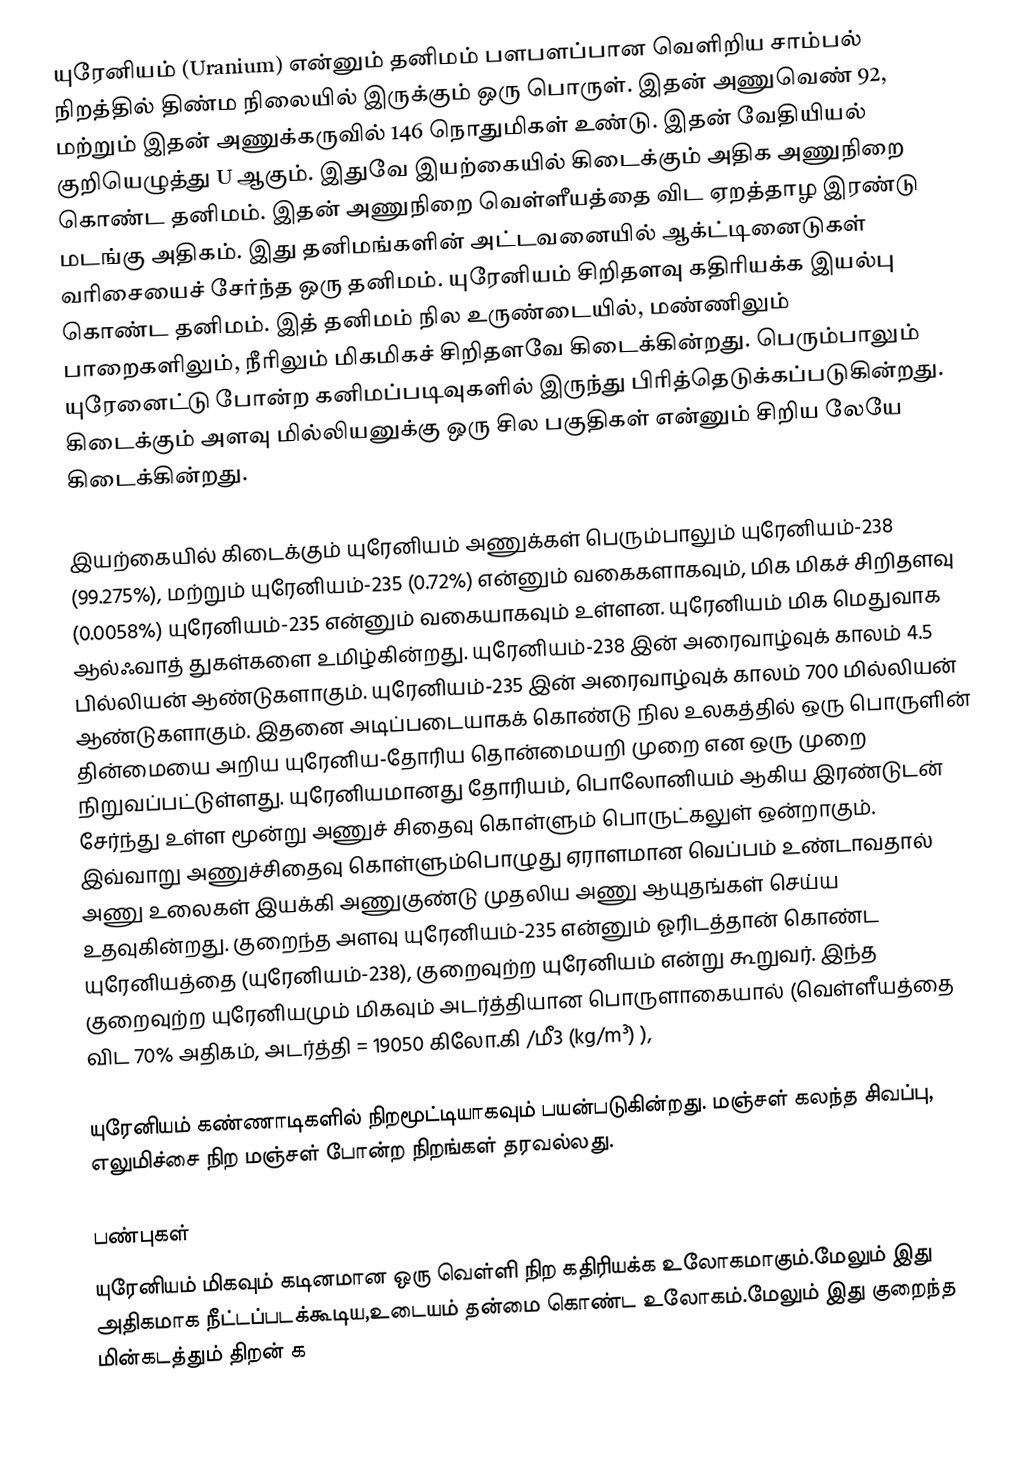
யுரேனியம் (Uranium) என்னும் தனிமம் பளபளப்பான வெளிறிய சாம்பல் நிறத்தில் திண்ம நிலையில் இருக்கும் ஒரு பொருள். இதன் அணுவெண் 92, மற்றும் இதன் அணுக்கருவில் 146 நொதுமிகள் உண்டு. இதன் வேதியியல் குறியெழுத்து U ஆகும். இதுவே இயற்கையில் கிடைக்கும் அதிக அணுநிறை கொண்ட தனிமம். இதன் அணுநிறை வெள்ளீயத்தை விட ஏறத்தாழ இரண்டு மடங்கு அதிகம். இது தனிமங்களின் அட்டவனையில் ஆக்ட்டினைடுகள் வரிசையைச் சேர்ந்த ஒரு தனிமம். யுரேனியம் சிறிதளவு கதிரியக்க இயல்பு கொண்ட தனிமம். இத் தனிமம் நில உருண்டையில், மண்ணிலும் பாறைகளிலும், நீரிலும் மிகமிகச் சிறிதளவே கிடைக்கின்றது. பெரும்பாலும் யுரேனைட்டு போன்ற கனிமப்படிவுகளில் இருந்து பிரித்தெடுக்கப்படுகின்றது. கிடைக்கும் அளவு மில்லியனுக்கு ஒரு சில பகுதிகள் என்னும் சிறிய லேயே கிடைக்கின்றது.

இயற்கையில் கிடைக்கும் யுரேனியம் அணுக்கள் பெரும்பாலும் யுரேனியம்-238 (99.275%), மற்றும்  யுரேனியம்-235 (0.72%) என்னும் வகைகளாகவும், மிக மிகச் சிறிதளவு (0.0058%) யுரேனியம்-235 என்னும் வகையாகவும் உள்ளன. யுரேனியம் மிக மெதுவாக ஆல்ஃவாத் துகள்களை உமிழ்கின்றது. யுரேனியம்-238 இன் அரைவாழ்வுக் காலம் 4.5 பில்லியன் ஆண்டுகளாகும். யுரேனியம்-235 இன் அரைவாழ்வுக் காலம் 700 மில்லியன் ஆண்டுகளாகும். இதனை அடிப்படையாகக் கொண்டு நில உலகத்தில் ஒரு பொருளின் தின்மையை அறிய யுரேனிய-தோரிய தொன்மையறி முறை என ஒரு முறை நிறுவப்பட்டுள்ளது. யுரேனியமானது தோரியம், பொலோனியம் ஆகிய இரண்டுடன் சேர்ந்து உள்ள மூன்று அணுச் சிதைவு கொள்ளும் பொருட்கலுள் ஒன்றாகும். இவ்வாறு அணுச்சிதைவு கொள்ளும்பொழுது ஏராளமான வெப்பம் உண்டாவதால் அணு உலைகள் இயக்கி அணுகுண்டு முதலிய அணு ஆயுதங்கள் செய்ய உதவுகின்றது. குறைந்த அளவு யுரேனியம்-235 என்னும் ஓரிடத்தான் கொண்ட யுரேனியத்தை (யுரேனியம்-238), குறைவுற்ற யுரேனியம் என்று கூறுவர். இந்த குறைவுற்ற யுரேனியமும் மிகவும் அடர்த்தியான பொருளாகையால் (வெள்ளீயத்தை விட 70% அதிகம், அடர்த்தி = 19050 கிலோ.கி /மீ3 (kg/m³) ),

யுரேனியம் கண்ணாடிகளில் நிறமூட்டியாகவும் பயன்படுகின்றது. மஞ்சள் கலந்த சிவப்பு, எலுமிச்சை நிற மஞ்சள் போன்ற நிறங்கள் தரவல்லது.

பண்புகள்
யுரேனியம் மிகவும் கடினமான ஒரு வெள்ளி நிற கதிரியக்க உலோகமாகும்.மேலும் இது அதிகமாக நீட்டப்படக்கூடிய,உடையம் தன்மை கொண்ட உலோகம்.மேலும் இது குறைந்த மின்கடத்தும் திறன் க